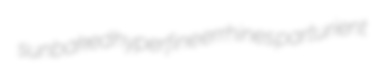
sunbaked hyperfine errhines parturient